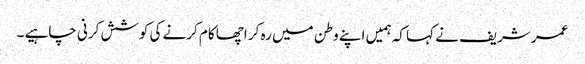
عمر شریف نے کہا کہ ہمیں اپنے وطن میں رہ کر اچھا کام کرنے کی کوشش کرنی چاہیے ۔